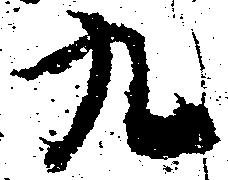
九